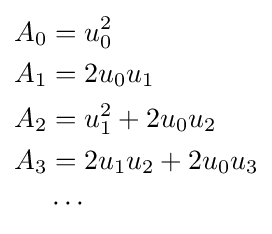
{\begin{aligned}A_{0}&=u_{0}^{2}\\A_{1}&=2u_{0}u_{1}\\A_{2}&=u_{1}^{2}+2u_{0}u_{2}\\A_{3}&=2u_{1}u_{2}+2u_{0}u_{3}\\&\cdots \end{aligned}}